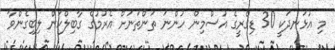
މި އުޅަނދަކީ 30 ޑިގްރީގެ އުސްމިން ހުންނަ ތަންތަނަށް އެރުމުގެ ގާބިލްކަން ލިބިގެންވާ